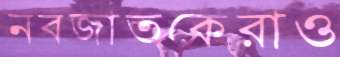
নবজাতকেরাও